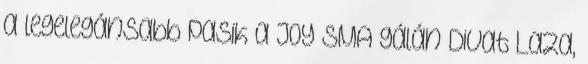
a legelegánsabb pasik a JOY SMA gálán Divat Laza,